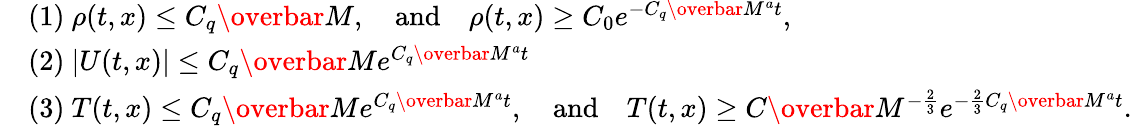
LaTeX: \begin{array}{rl}&{(1)~\rho(t,x)\leq C_{q}\overbar{M},\quad\mathrm{and}\quad\rho(t,x)\geq C_{0}e^{-C_{q}\overbar{M}^{a}t},}\\ &{(2)~|U(t,x)|\leq C_{q}\overbar{M}e^{C_{q}\overbar{M}^{a}t}}\\ &{(3)~T(t,x)\leq C_{q}\overbar{M}e^{C_{q}\overbar{M}^{a}t},\quad\mathrm{and}\quad T(t,x)\geq C\overbar{M}^{-\frac{2}{3}}e^{-\frac{2}{3}C_{q}\overbar{M}^{a}t}.}\end{array}